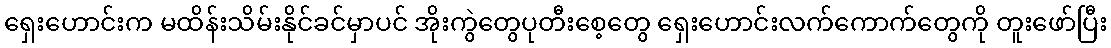
ရှေးဟောင်းက မထိန်းသိမ်းနိုင်ခင်မှာပင် အိုးကွဲတွေပုတီးစေ့တွေ ရှေးဟောင်းလက်ကောက်တွေကို တူးဖော်ပြီး